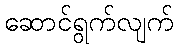
ဆောင်ရွက်လျက်